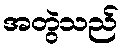
အတွဲသည်